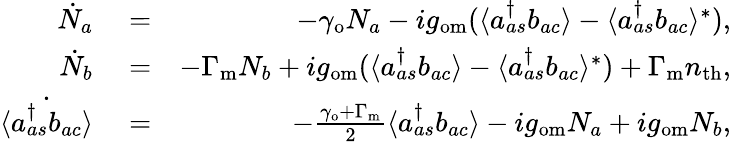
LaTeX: \begin{array}{rlr}{\dot{N}_{a}}&{{}=}&{-\gamma_{\mathrm{o}}N_{a}-ig_{\mathrm{om}}(\langle a_{as}^{\dagger}b_{ac}\rangle-\langle a_{as}^{\dagger}b_{ac}\rangle^{*}),}\\ {\dot{N}_{b}}&{{}=}&{-\Gamma_{\mathrm{m}}N_{b}+ig_{\mathrm{om}}(\langle a_{as}^{\dagger}b_{ac}\rangle-\langle a_{as}^{\dagger}b_{ac}\rangle^{*})+\Gamma_{\mathrm{m}}n_{\mathrm{th}},}\\ {\dot{\langle a_{as}^{\dagger}b_{ac}\rangle}}&{{}=}&{-\frac{\gamma_{\mathrm{o}}+\Gamma_{\mathrm{m}}}{2}\langle a_{as}^{\dagger}b_{ac}\rangle-ig_{\mathrm{om}}N_{a}+ig_{\mathrm{om}}N_{b},}\end{array}